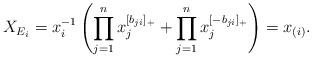
LaTeX: \begin{align*}X_{E_i} = x_i^{-1}\left( \prod_{j = 1}^n x_j^{[b_{ji}]_+} + \prod_{j = 1}^n x_j^{[-b_{ji}]_+} \right) = x_{(i)}.\end{align*}